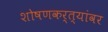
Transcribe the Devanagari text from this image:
शोषणकर्त्यांवर